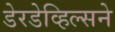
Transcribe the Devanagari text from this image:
डेरडेव्हिल्सने